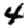
Digit: 4